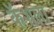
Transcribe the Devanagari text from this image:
कॅशला